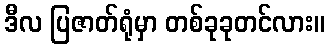
ဒီလ ပြဇာတ်ရုံမှာ တစ်ခုခုတင်လား။